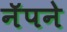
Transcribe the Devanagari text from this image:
नॅपने